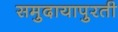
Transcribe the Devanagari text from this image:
समुदायापुरती